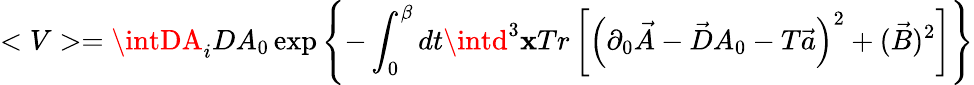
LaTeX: <V>=\intDA_{i}DA_{0}\exp\left\{ -\int_{0}^{\beta}dt\intd^{3}\mathbf{x}Tr\left[\left(\partial_{0}\vec{{A}}-\vec{{D}}A_{0}-T\vec{{a}}\right)^{2}+(\vec{{B}})^{2}\right]\right\}